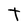
Character: t